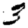
Digit: 3